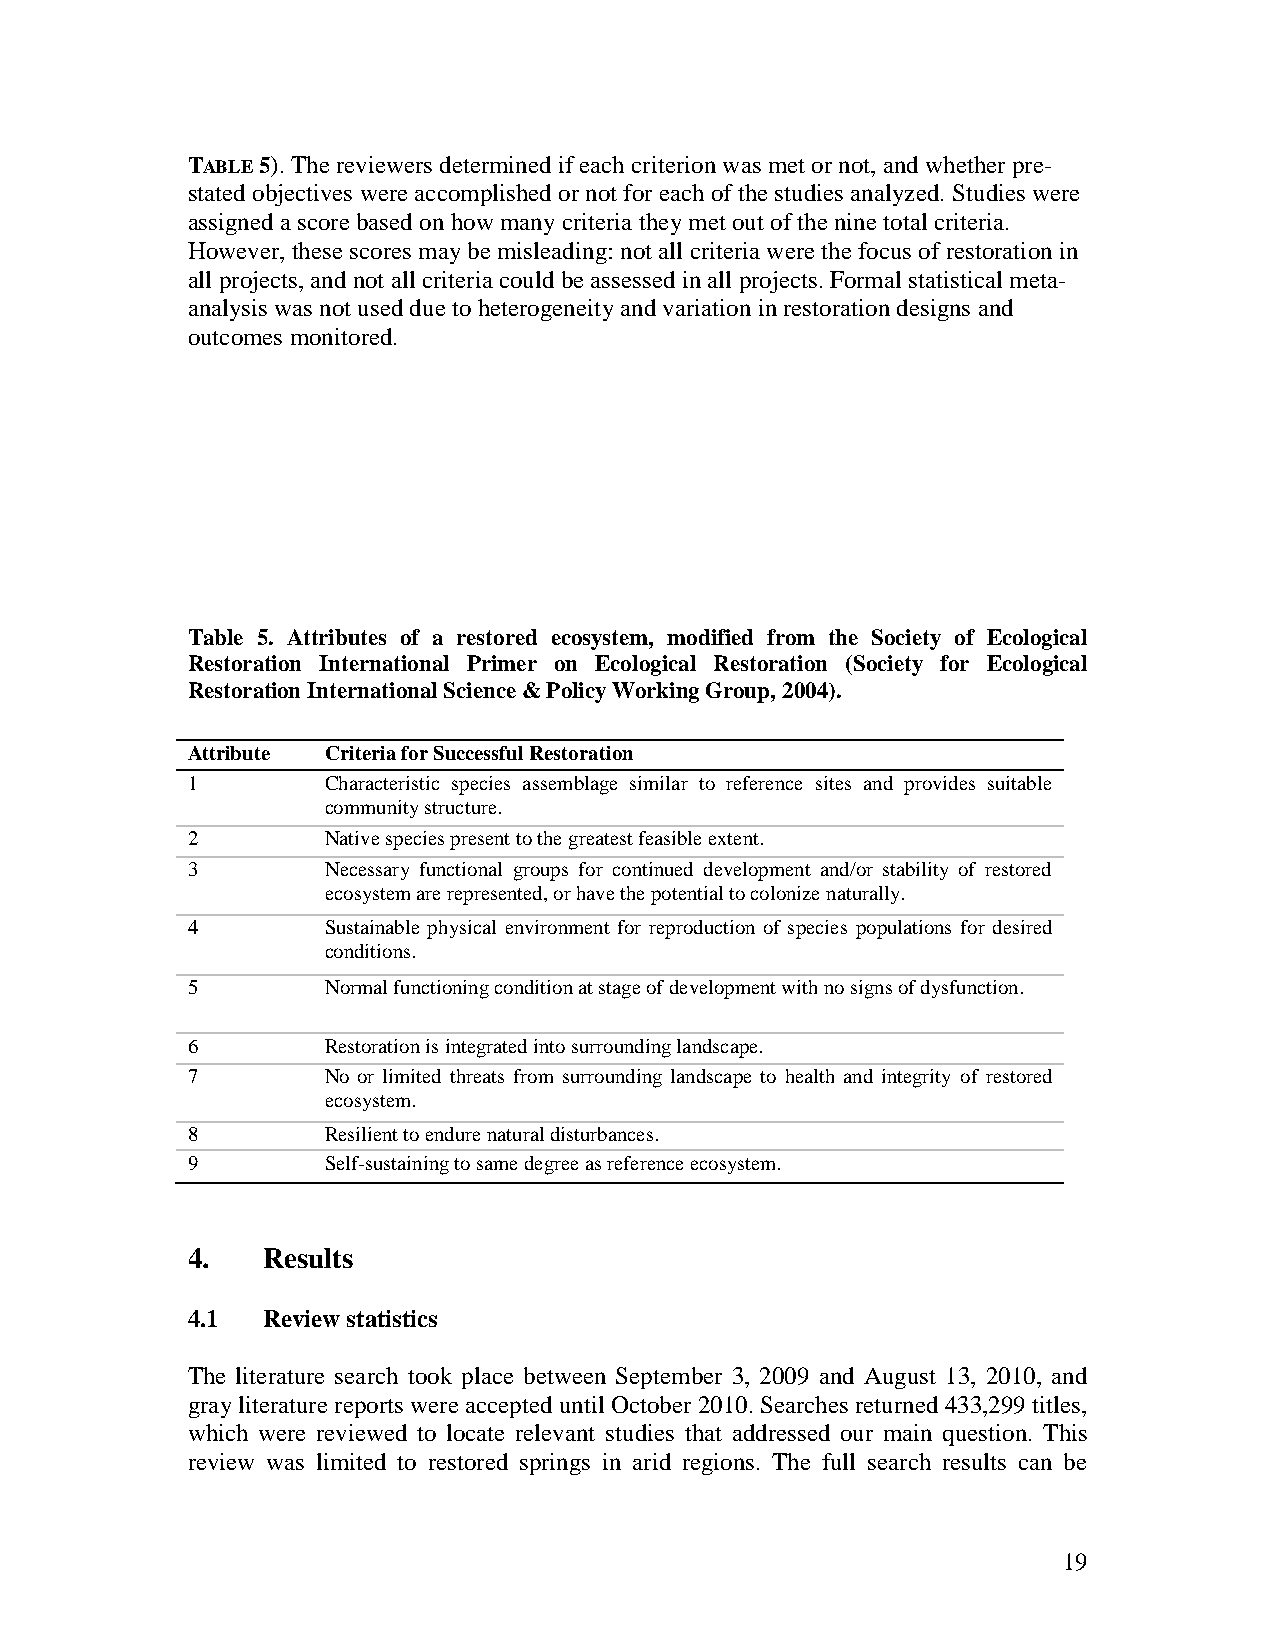
TABLE 5). The reviewers determined if each criterion was met or not, and whether pre-
 stated objectives were accomplished or not for each of the studies analyzed. Studies were
 assigned a score based on how many criteria they met out of the nine total criteria.
 However, these scores may be misleading: not all criteria were the focus of restoration in
 all projects, and not all criteria could be assessed in all projects. Formal statistical meta-
 analysis was not used due to heterogeneity and variation in restoration designs and
 outcomes monitored.
 Table 5. Attributes of a restored ecosystem, modified from the Society of Ecological
 Restoration International Primer on Ecological Restoration (Society for Ecological
 Restoration International Science & Policy Working Group, 2004).
 Attribute Criteria for Successful Restoration
 1        Characteristic species assemblage similar to reference sites and provides suitable
 community structure.
 2        Native species present to the greatest feasible extent.
 3        Necessary functional groups for continued development and/or stability of restored
 ecosystem are represented, or have the potential to colonize naturally.
 4        Sustainable physical environment for reproduction of species populations for desired
 conditions.
 5        Normal functioning condition at stage of development with no signs of dysfunction.
 6        Restoration is integrated into surrounding landscape.
 7        No or limited threats from surrounding landscape to health and integrity of restored
 ecosystem.
 8        Resilient to endure natural disturbances.
 9        Self-sustaining to same degree as reference ecosystem.
 4.   Results
 4.1  Review statistics
 The literature search took place between September 3, 2009 and August 13, 2010, and
 gray literature reports were accepted until October 2010. Searches returned 433,299 titles,
 which were reviewed to locate relevant studies that addressed our main question. This
 review was limited to restored springs in arid regions. The full search results can be
 19